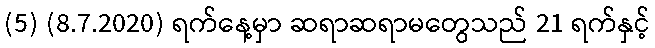
(5) (8.7.2020) ရက်နေ့မှာ ဆရာဆရာမတွေသည် 21 ရက်နှင့်